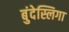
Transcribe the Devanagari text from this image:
बुंदेस्लिगा